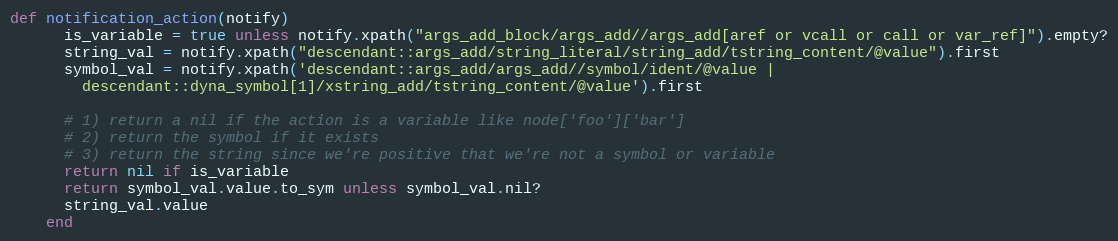
Language: Ruby
def notification_action(notify)
      is_variable = true unless notify.xpath("args_add_block/args_add//args_add[aref or vcall or call or var_ref]").empty?
      string_val = notify.xpath("descendant::args_add/string_literal/string_add/tstring_content/@value").first
      symbol_val = notify.xpath('descendant::args_add/args_add//symbol/ident/@value |
        descendant::dyna_symbol[1]/xstring_add/tstring_content/@value').first

      # 1) return a nil if the action is a variable like node['foo']['bar']
      # 2) return the symbol if it exists
      # 3) return the string since we're positive that we're not a symbol or variable
      return nil if is_variable
      return symbol_val.value.to_sym unless symbol_val.nil?
      string_val.value
    end